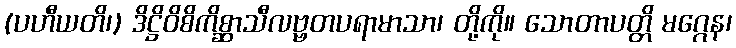
(ပဟီယတိ၊) ဒိဋ္ဌိဝိစိကိစ္ဆာသီလဗ္ဗတပရာမာသာ၊ တို့ကို။ သောတာပတ္တိ မဂ္ဂေန၊